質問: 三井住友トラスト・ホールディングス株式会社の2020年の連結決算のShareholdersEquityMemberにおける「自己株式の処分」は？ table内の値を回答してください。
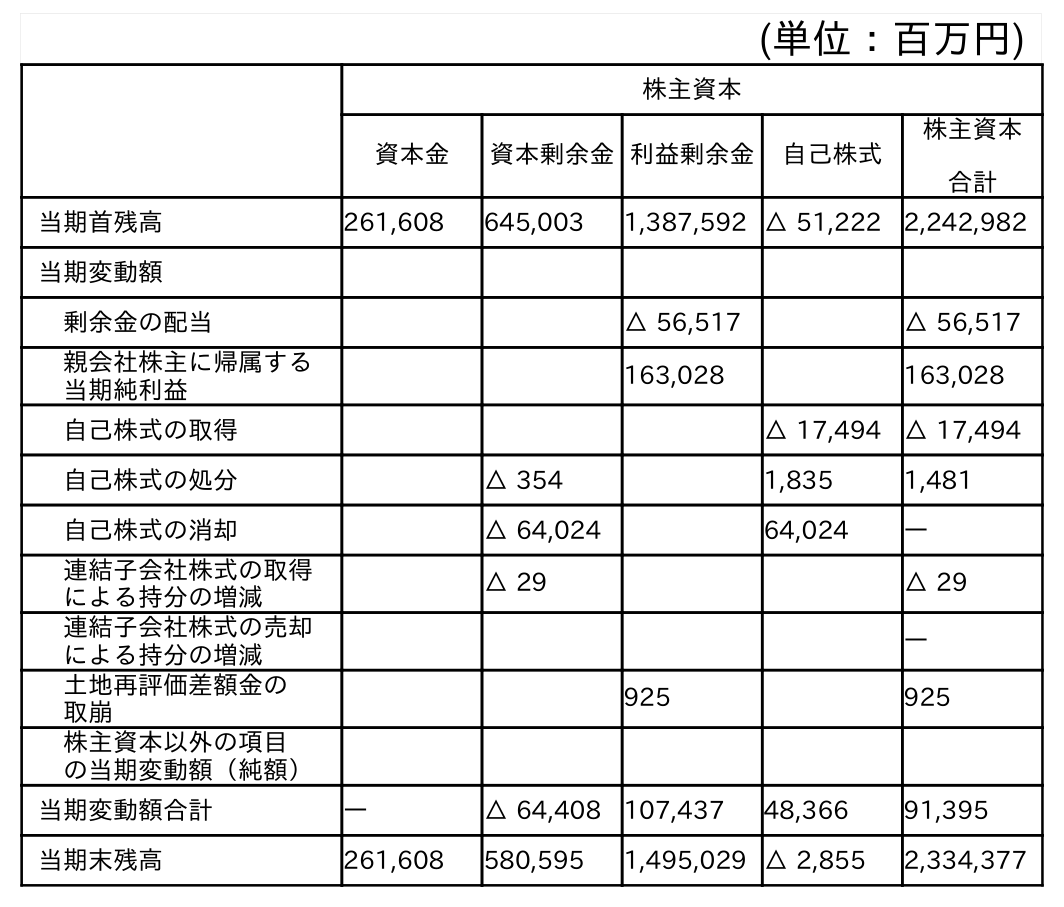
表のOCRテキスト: (単位：百万円) 株主資本 資本金 資本剰余金利益剰余金 自己株式 株主資本 合計 当期首残高 261,608 645,003 1,387,592 △ 51,222 2,242,982 当期変動額 剰余金の配当 △ 56,517 △ 56,517 親会社株主に帰属する 当期純利益 163,028 163,028 自己株式の取得 △ 17,494 △ 17,494 自己株式の処分 △ 354 1,835 1,481 自己株式の消却 △ 64,024 64,024 ― 連結子会社株式の取得 による持分の増減 △ 29 △ 29 連結子会社株式の売却 による持分の増減 ― 土地再評価差額金の 取崩 925 925 株主資本以外の項目 の当期変動額（純額） 当期変動額合計 ― △ 64,408 107,437 48,366 91,395 当期末残高 261,608 580,595 1,495,029 △ 2,855 2,334,377
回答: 1,481